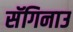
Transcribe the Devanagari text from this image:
सॅगिनाउ